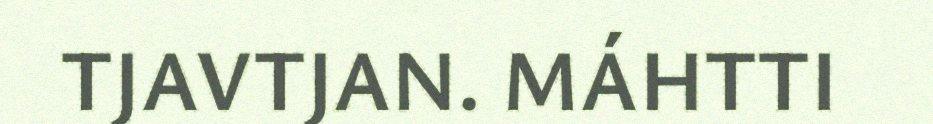
TJAVTJAN. MÁHTTI